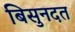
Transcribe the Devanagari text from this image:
बिसुनदत